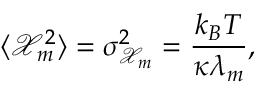
\langle \mathcal { X } _ { m } ^ { 2 } \rangle = \sigma _ { \mathcal { X } _ { m } } ^ { 2 } = \frac { k _ { B } T } { \kappa \lambda _ { m } } ,